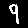
Digit: 9